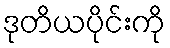
ဒုတိယပိုင်းကို